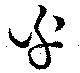
乎